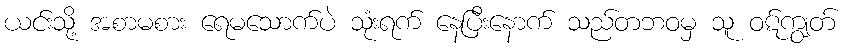
ယင်းသို့ အစာမစား ရေမသောက်ပဲ သုံးရက် နေပြီးနောက် သည်တဘဝမှ သူ ဝဋ်ကျွတ်